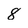
Character: 8